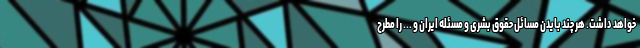
خواهد داشت. هر چند بایدن مسائل حقوق بشری و مسئله ایران و ... را مطرح